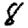
Digit: 8